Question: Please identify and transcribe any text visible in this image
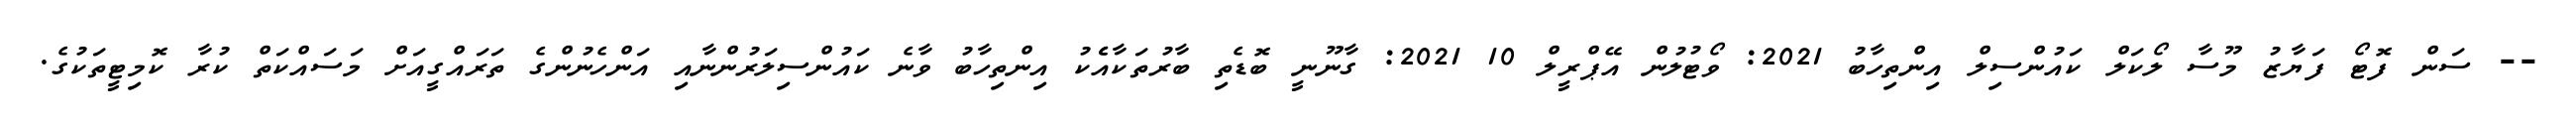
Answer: -- ސަން ފޮޓޯ ފަޔާޒު މޫސާ ލޯކަލް ކައުންސިލް އިންތިހާބު 2021: ވޯޓުލުން އޭޕްރީލް 10 2021: ގާނޫނީ ބޮޑެތި ބާރުތަކާއެެކު އިންތިހާބު ވާނެ ކައުންސިލަރުންނާއި އަންހެނުންގެ ތަރައްގީއަށް މަސައްކަތް ކުރާ ކޮމިޓީތަކުގެ.